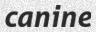
canine